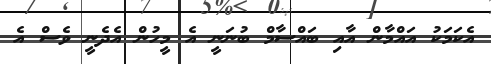
އެކަމަކު އައްމާން އާއި ބައްސާމް ބުނަނީ އެ މީހުން އެދެނީ ވެސް އެ